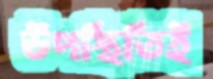
উপস্থিতিই